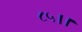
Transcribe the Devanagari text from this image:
८५।।